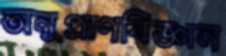
অনুপ্রাণবিজ্ঞান